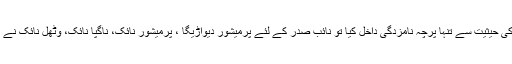
جہاں منکال وئیدیا بطور صدر کی حیثیت سے تنہا پرچہ نامزدگی داخل کیا تو نائب صدر کے لئے پرمیشور دیواڑیگا ، پرمیشور نائک، ناگپا نائک، وٹھل نائک نے پرچہ نامزدگی داخل کئے تھے۔